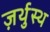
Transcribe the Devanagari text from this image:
ज़र्थुस्थ